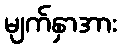
မျက်နှာအား